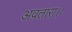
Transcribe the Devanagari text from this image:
अवतारा।।